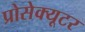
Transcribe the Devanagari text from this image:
प्रोसेक्यूटर